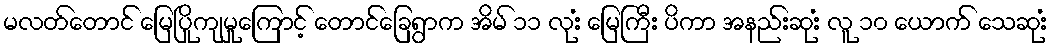
မလတ်တောင် မြေပြိုကျမှုကြောင့် တောင်ခြေရွာက အိမ် ၁၁ လုးံ မြေကြီး ပိကာ အနည်းဆုးံ လူ ၁၀ ယောက် သေဆုးံ